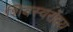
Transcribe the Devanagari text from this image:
शिवस्वरोदय